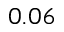
0 . 0 6